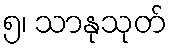
၅၊ သာနုသုတ်